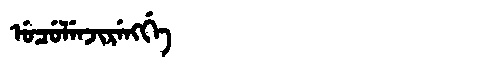
Manchu: ᡠᠴᡠᠯᡝᠨᠵᡳᡵᡝᠩᡤᡝ
Romanization: UCULENJIRENGGE